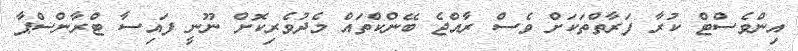
އިންވެސްޓް ކުރާ ފަރާތްތަކަށް ވެސް ރާއްޖެ ބޭންކްތައް މެދުވެރިކޮށް ނޫނީ ފައިސާ ޓްރާންސްޕާ